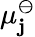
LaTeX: \mu_{\mathbf{j}}^{\ominus}